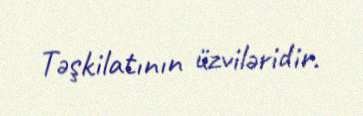
Təşkilatının üzviləridir.